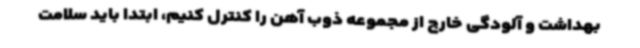
بهداشت و آلودگی خارج از مجموعه ذوب آهن را کنترل کنیم، ابتدا باید سلامت